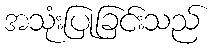
အသုံးပြုခြင်းသည်